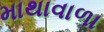
માથાવાળા